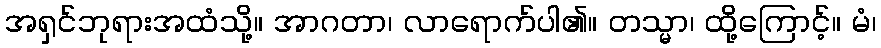
အရှင်ဘုရားအထံသို့။ အာဂတာ၊ လာရောက်ပါ၏။ တသ္မာ၊ ထို့ကြောင့်။ မံ၊